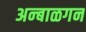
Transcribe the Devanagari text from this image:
अन्बाळगन